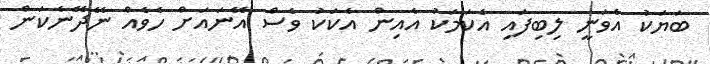
ބަޔަކު އެވަނީ ލިބިފައި އެކަމަކު އެއިން އެކަކު ވެސް އޭނައަށް ހެވެއް ނޭދޭނެކަން